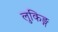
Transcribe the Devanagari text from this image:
लुकिङ्ग